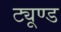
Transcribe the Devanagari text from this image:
ट्यूण्ड